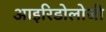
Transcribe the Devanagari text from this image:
आइरिडोलोजी